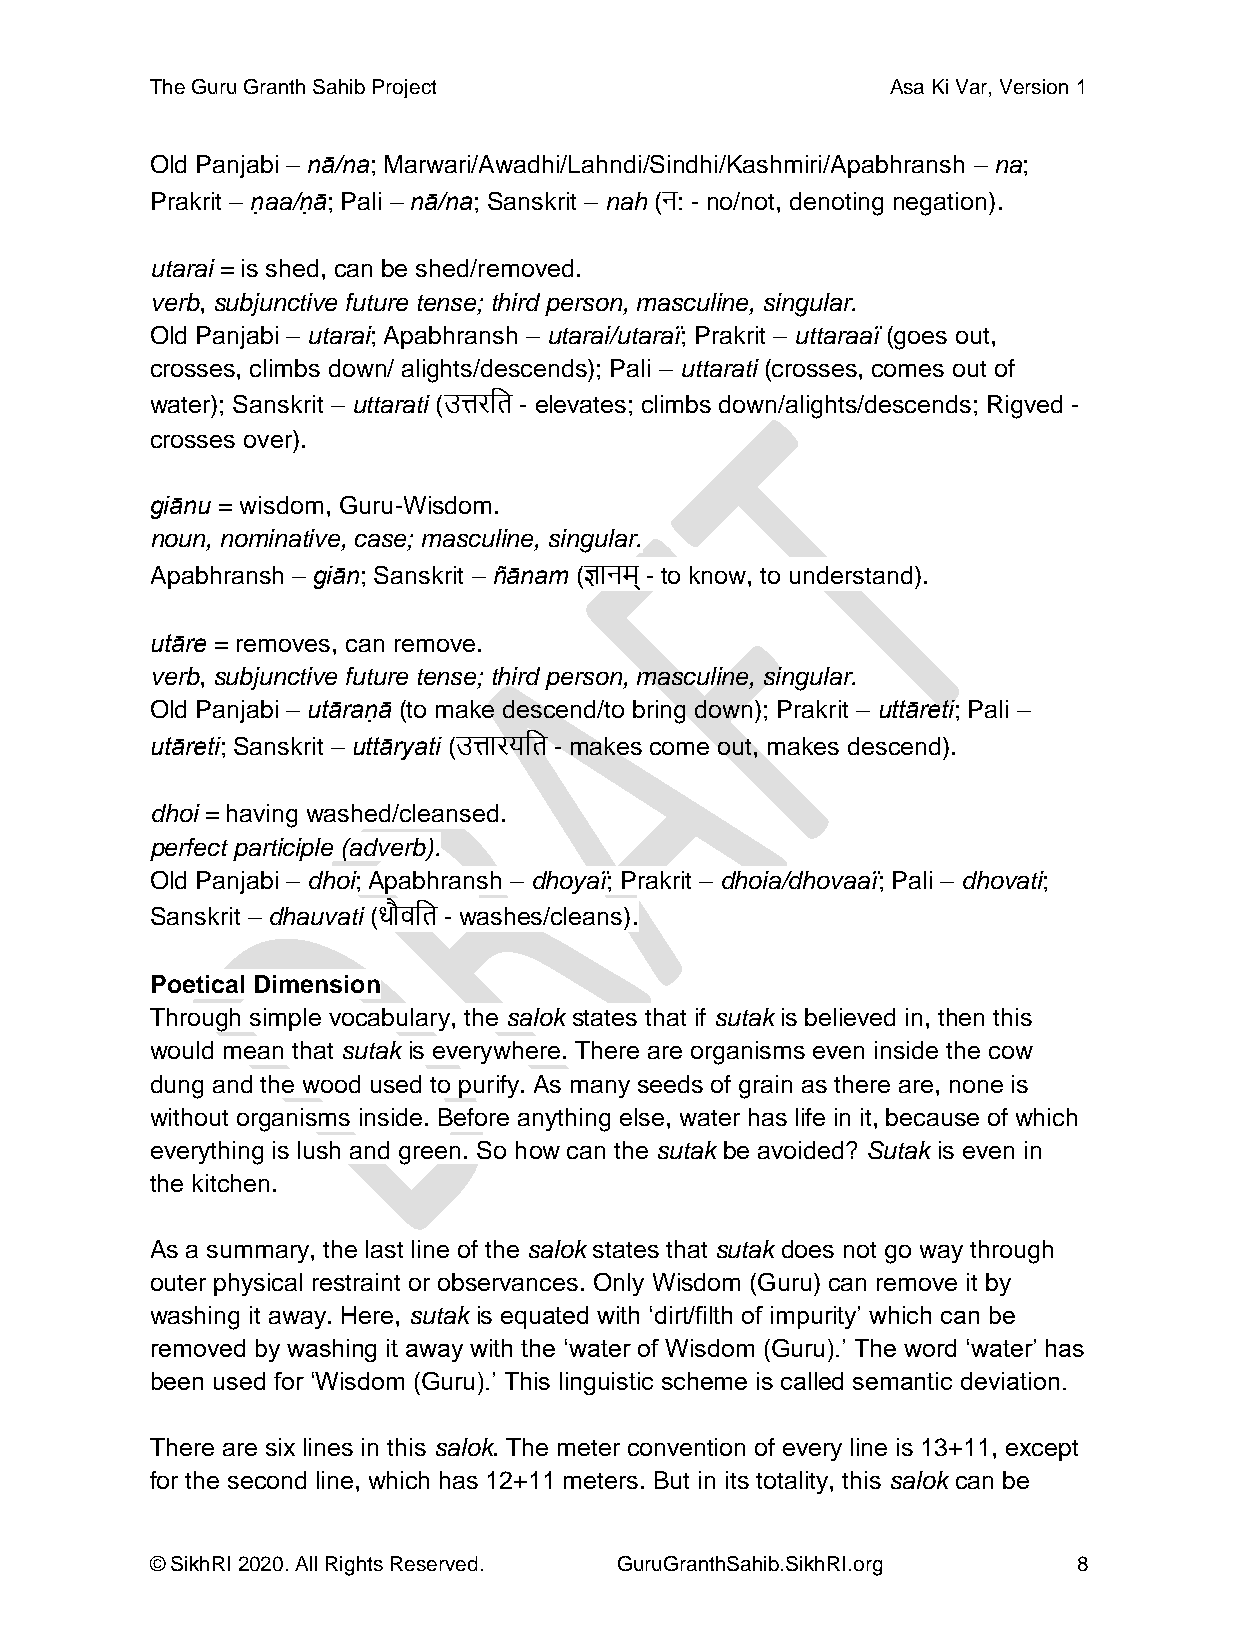
The Guru Granth Sahib Project                    Asa Ki Var, Version 1
 Old Panjabi – nā/na; Marwari/Awadhi/Lahndi/Sindhi/Kashmiri/Apabhransh – na;
 Prakrit – ṇaa/ṇā; Pali – nā/na; Sanskrit – nah (न: - no/not, denoting negation).
 utarai = is shed, can be shed/removed.
 verb, subjunctive future tense; third person, masculine, singular.
 Old Panjabi – utarai; Apabhransh – utarai/utaraï; Prakrit – uttaraaï (goes out,
 crosses, climbs down/ alights/descends); Pali – uttarati (crosses, comes out of
 water); Sanskrit – uttarati (उत्तरदत - elevates; climbs down/alights/descends; Rigved -
 crosses over).
 giānu = wisdom, Guru-Wisdom.
 noun, nominative, case; masculine, singular.
 Apabhransh – giān; Sanskrit – ñānam (ज्ञानम् - to know, to understand).
 utāre = removes, can remove.
 verb, subjunctive future tense; third person, masculine, singular.
 Old Panjabi – utāraṇā (to make descend/to bring down); Prakrit – uttāreti; Pali –
 utāreti; Sanskrit – uttāryati (उत्तारयदत - makes come out, makes descend).
 dhoi = having washed/cleansed.
 perfect participle (adverb).
 Old Panjabi – dhoi; Apabhransh – dhoyaï; Prakrit – dhoia/dhovaaï; Pali – dhovati;
 Sanskrit – dhauvati (धौर्दत - washes/cleans).
 Poetical Dimension
 Through simple vocabulary, the salok states that if sutak is believed in, then this
 would mean that sutak is everywhere. There are organisms even inside the cow
 dung and the wood used to purify. As many seeds of grain as there are, none is
 without organisms inside. Before anything else, water has life in it, because of which
 everything is lush and green. So how can the sutak be avoided? Sutak is even in
 the kitchen.
 As a summary, the last line of the salok states that sutak does not go way through
 outer physical restraint or observances. Only Wisdom (Guru) can remove it by
 washing it away. Here, sutak is equated with ‘dirt/filth of impurity’ which can be
 removed by washing it away with the ‘water of Wisdom (Guru).’ The word ‘water’ has
 been used for ‘Wisdom (Guru).’ This linguistic scheme is called semantic deviation.
 There are six lines in this salok. The meter convention of every line is 13+11, except
 for the second line, which has 12+11 meters. But in its totality, this salok can be
 © SikhRI 2020. All Rights Reserved. GuruGranthSahib.SikhRI.org 8